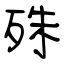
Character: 殊